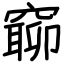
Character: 窷